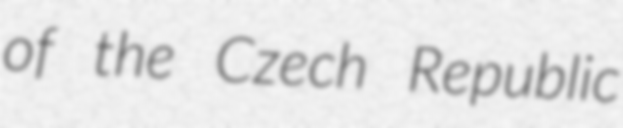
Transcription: of the Czech Republic